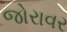
જોરાવર